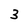
Character: 3